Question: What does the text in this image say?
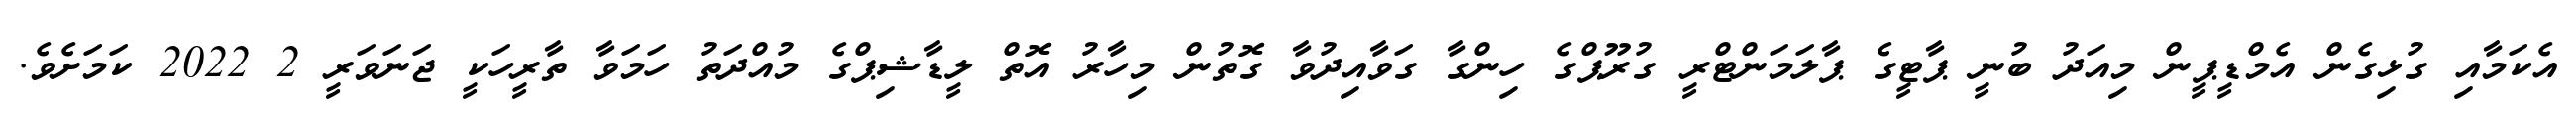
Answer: އެކަމާއި ގުޅިގެން އެމްޑީޕީން މިއަދު ބުނީ ޕާޓީގެ ޕާލަމަންޓްރީ ގުރޫޕްގެ ހިންގާ ގަވާއިދުވާ ގޮތުން މިހާރު އޮތް ލީޑާޝިޕްގެ މުއްދަތު ހަމަވާ ތާރީހަކީ ޖަނަވަރީ 2 2022 ކަމަށެވެ.